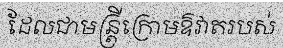
ដែលជាមន្ត្រីក្រោមឱវាតរបស់